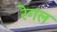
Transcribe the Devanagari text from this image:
रेगल